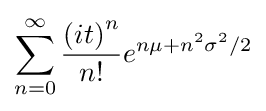
\sum _{n=0}^{\infty }{\frac {{\left(it\right)}^{n}}{n!}}e^{n\mu +n^{2}\sigma ^{2}/2}